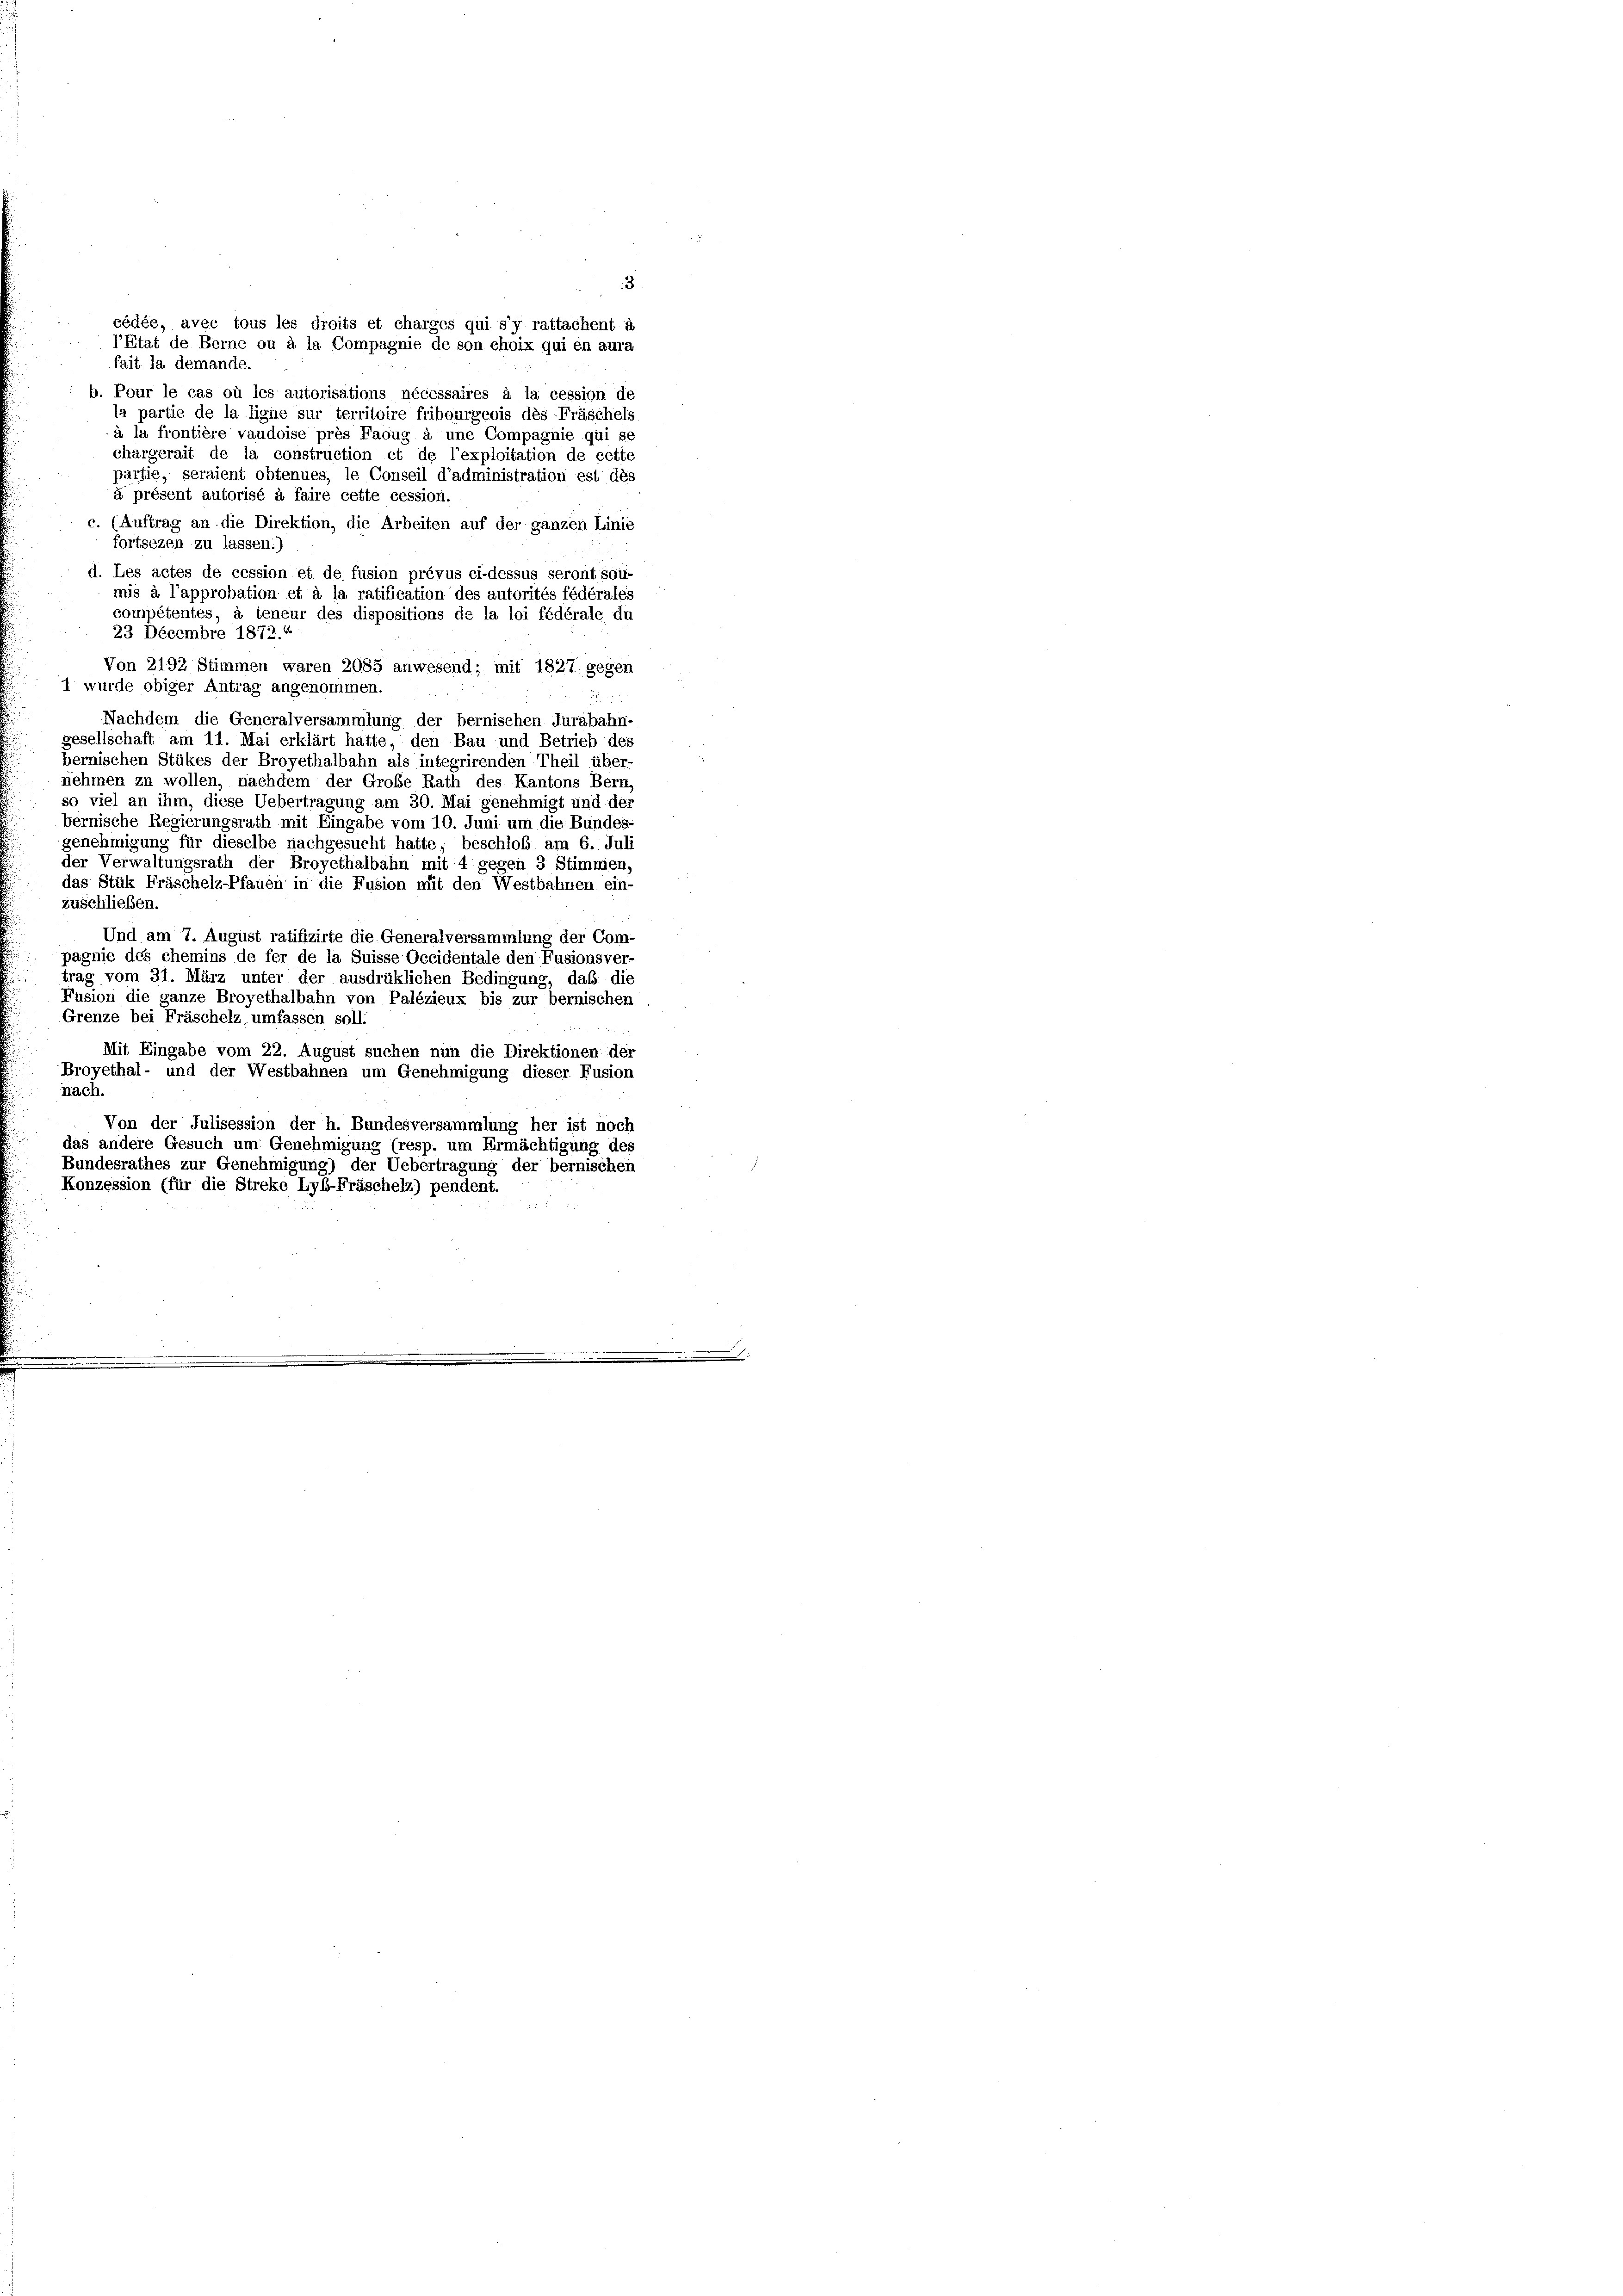
cédée, avec tous les droits et charges qui s’y rattachent i
J’Etat de Berne ou à la Compagnie de son choix qui en aura
fait la demande.
b. Pour le cas où les autorisations nécessaires à la cession de
la partie de la ligne sur territoire fribourgeois dès Fräscheli
à la frontière vaudoise près Faoug à une Compagnie qui se
chargerait de la construction et de l’exploitation de cette
partie, seraient obtenues, le Conseil d’administration est des
à présent autorisé à faire cette cession.
c. (Auftrag an die Direktion, die Arbeiten auf der ganzen Linie
fortsezen zu lassen.)
d. Les actes de cession et de fusion prévus ci-dessus seront sou-
mis à l’approbation et à la ratification des autorités fédérales
compétentes, à teneur des dispositions de la loi fédérale du
23 Decembre 1872.
Von 2192 Stimmen waren 2085 anwesend; mit 1827. gegen
1 wurde obiger Antrag angenommen.
Nachdem die Generalversammlung der bernischen Jurabahn-
gesellschaft am 11. Mai erklärt hatte, den Bau und Betrieb des
bernischen Stükes der Broyethalbahn als integrirenden Theil über-
nehmen zu wollen, nachdem der Große Rath des Kantons Bern,
so viel an ihm, diese Uebertragung am 30. Mai genehmigt und der
bernische Regierungsrath mit Eingabe vom 10. Juni um die Bundes-
genehmigung für dieselbe nachgesucht hatte, beschloß am 6. Juli
der Verwaltungsrath der Broyethalbahn mit 4 gegen 3 Stimmen,
das Stük Fräschelz-Pfauen in die Fusion mit den Westbahnen ein-
zuschließen.
Und am 7. August ratifizirte die Generalversammlung der Com-
pagnie des chemins de fer de la Suisse Occidentale den Fusionsver-
trag vom 31. März unter der ausdrüklichen Bedingung, daß die
Fusion die ganze Broyethalbahn von Palézieux bis zur bernischen
Grenze bei Fräschelz, umfassen soll.
Mit Eingabe vom 22. August suchen nun die Direktionen der
Broyethal- und der Westbahnen um Genehmigung dieser Fusion
nach.
Von der Julisession der h. Bundesversammlung her ist noch
das andere Gesuch um Genehmigung (resp. um Ermächtigung des
Bundesrathes zur Genehmigung) der Uebertragung der bernischen
Konzession (für die Streke Lyb-Fräscheln) pendent.
i

3